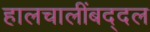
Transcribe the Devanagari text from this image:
हालचालींबद्दल